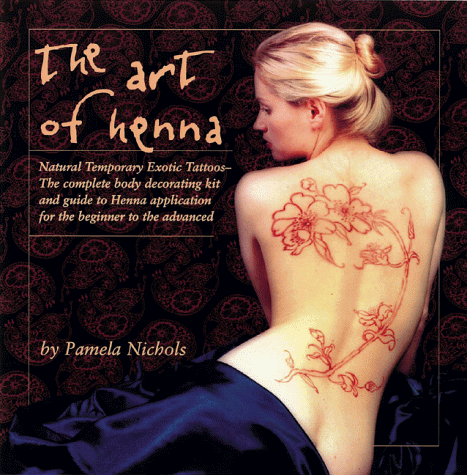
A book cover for The Art of Henna; Pamela Nichols; Health, Fitness & Dieting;